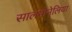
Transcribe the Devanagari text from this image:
सालमोनेलिया